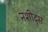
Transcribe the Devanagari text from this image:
नशीद्स